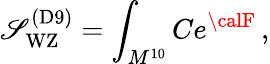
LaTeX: \mathscr{S}_{\mathrm{{WZ}}}^{\mathrm{{(D9)}}}=\int_{M^{10}}Ce^{{\calF}}\, ,